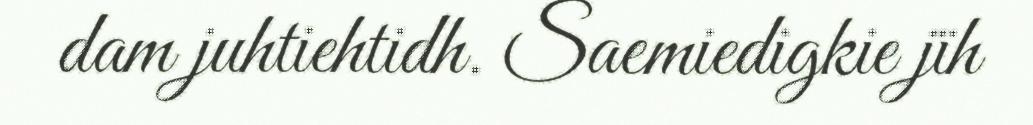
dam juhtiehtidh. Saemiedigkie jïh